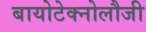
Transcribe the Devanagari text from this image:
बायोटेक्नोलौजी